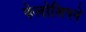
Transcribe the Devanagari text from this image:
फेलोशिपने